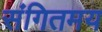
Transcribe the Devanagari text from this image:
संगितमय